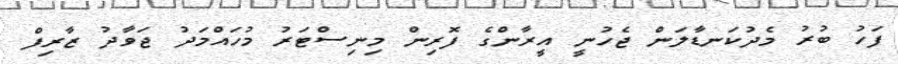
ފަހު ބުރު މެދުކަނޑާލަން ޖެހުނީ އީރާންގެ ފޮރިން މިނިސްޓަރު މުހައްމަދު ޖަވާދު ޒާރިފް